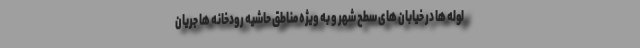
لوله ها در خیابان های سطح شهر و به ویژه مناطق حاشیه رودخانه ها جریان